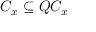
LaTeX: C _ { x } \subseteq Q C _ { x }